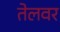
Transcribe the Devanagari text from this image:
तेलवर